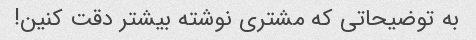
به توضیحاتی که مشتری نوشته بیشتر دقت کنین!